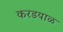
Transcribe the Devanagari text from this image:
करडयाळ